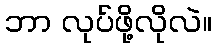
ဘာ လုပ်ဖို့လိုလဲ။